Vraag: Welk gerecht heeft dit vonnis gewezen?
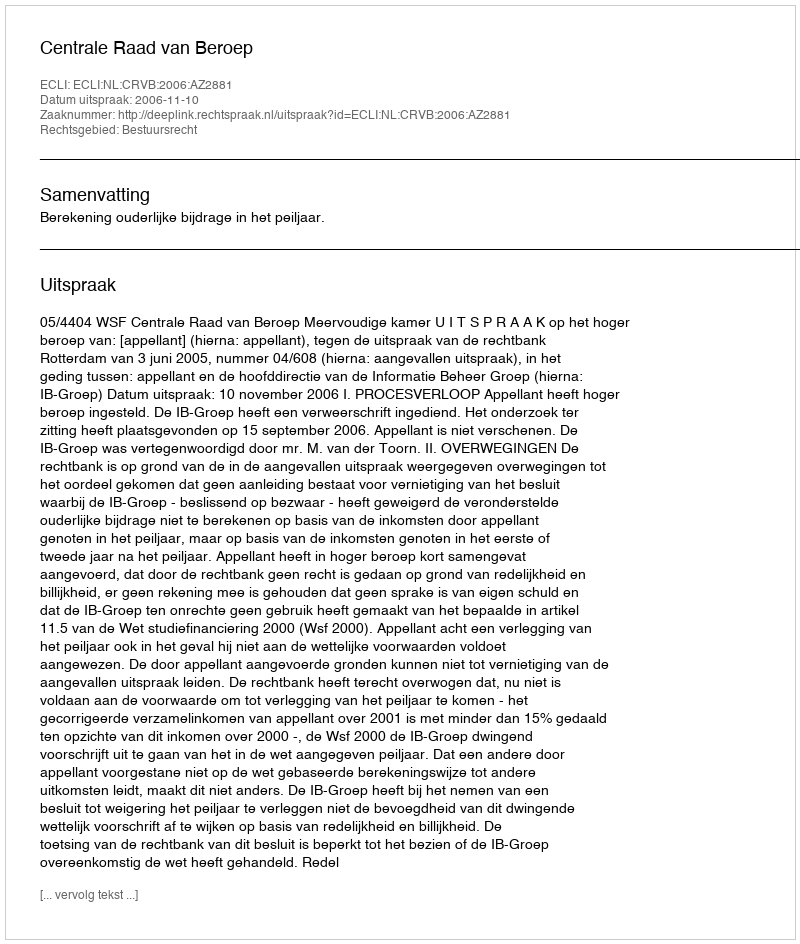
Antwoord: Centrale Raad van Beroep